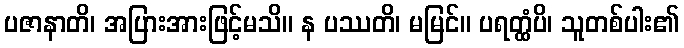
ပဇာနာတိ၊ အပြားအားဖြင့်မသိ။ န ပဿတိ၊ မမြင်။ ပရတ္ထံပိ၊ သူတစ်ပါး၏